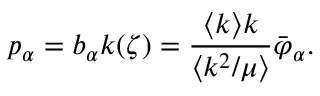
p _ { \alpha } = b _ { \alpha } k ( \zeta ) = \frac { \langle k \rangle k } { \langle k ^ { 2 } / \mu \rangle } \bar { \varphi } _ { \alpha } .